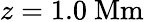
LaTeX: z=1.0\ \mathrm{Mm}